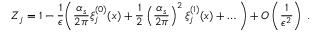
Z _ { j } = 1 - \frac { 1 } { \epsilon } \Bigg ( \frac { \alpha _ { s } } { 2 \pi } \xi _ { j } ^ { ( 0 ) } ( x ) + \frac { 1 } { 2 } \left( \frac { \alpha _ { s } } { 2 \pi } \right) ^ { 2 } \xi _ { j } ^ { ( 1 ) } ( x ) + \ldots \Bigg ) + O \left( \frac { 1 } { \epsilon ^ { 2 } } \right) \; .